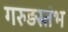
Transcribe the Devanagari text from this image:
गरुड़स्तंभ